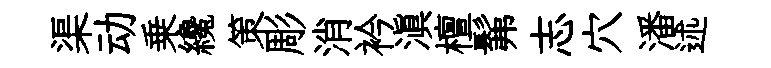
渠动乗纔策彫消衿滇檀髴志穴潘述